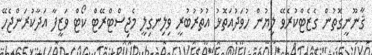
ޤާނޫނީގޮތުން ގެޒެޓްކުރެވޭ ލިޔުން ހުވަދުއަތޮޅު އުތުރުބުރީ ވިލިނގިލީ މެޖިސްޓްރޭޓް ކޯޓް ވަޒީފާ އަދާކުރަންޖެހޭ